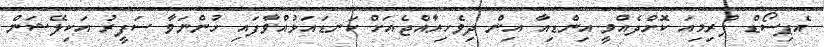
އެޕިސޯޑް ޕްރިމިއަ ކޮށްދެއްވީ އިންޑިއާ އިން ދިވެހިރާއްޖެއަށް ކަނޑައަޅުއްވާފައި ހުންނަވާ ސަފީރު އަކިލޭޝަން